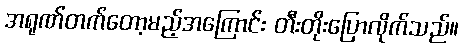
အရုဏ်တက်တော့မည့်အကြောင်း တီးတိုးပြောလိုက်သည်။